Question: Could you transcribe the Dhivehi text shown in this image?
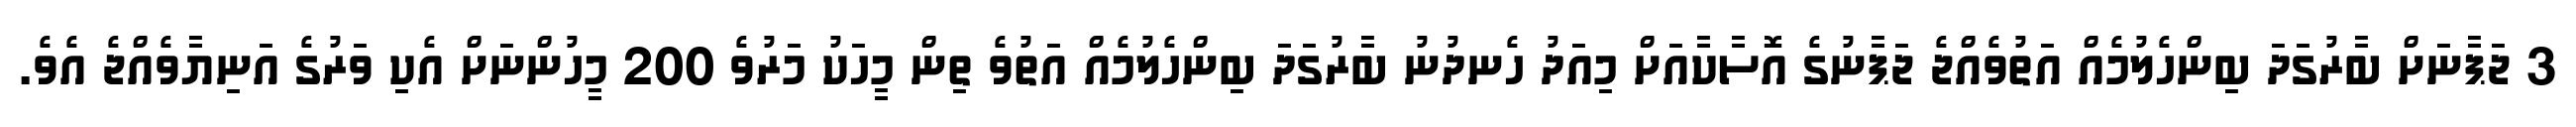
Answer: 3 ޖަޕާނަށް ބާރުގަދަ ބިންހެލުމެއް އަތުވެއްޖެ ޖަޕާނުގެ އޮސާކާއަށް މިއަދު ހެނދުނު ބާރުގަދަ ބިންހެލުމެއް އަތުވެ ތިން މީހަކު މަރުވެ 200 މީހުންނަށް އެކި ވަރުގެ އަނިޔާވެއްޖެ އެވެ.